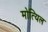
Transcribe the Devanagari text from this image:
मोत्यिल